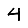
Digit: 4